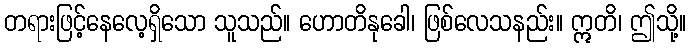
တရားဖြင့်နေလေ့ရှိသော သူသည်။ ဟောတိနုခေါ၊ ဖြစ်လေသနည်း။ ဣတိ၊ ဤသို့။